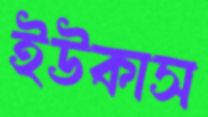
ইউকাস